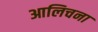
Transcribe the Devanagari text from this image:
आलिचना